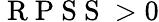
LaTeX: \mathrm{~R~P~S~S~}>0